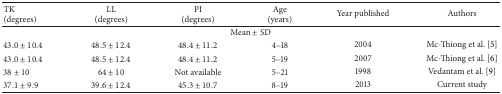
| TK (degrees) | LL (degrees) | PI (degrees) | Age (years) | Year published | Authors |
 | --- | --- | --- | --- | --- | --- |
 | <COLSPAN=6> Mean ± SD |
 | 43.0 ± 10.4 | 48.5 ± 12.4 | 48.4 ± 11.2 | 4–18 | 2004 | Mc-Thiong et al. [5] |
 | 43.0 ± 10.4 | 48.5 ± 12.4 | 48.4 ± 11.2 | 5–19 | 2007 | Mc-Thiong et al. [6] |
 | 38 ± 10 | 64 ± 10 | Not available | 5–21 | 1998 | Vedantam et al. [9] |
 | 37.1 ± 9.9 | 39.6 ± 12.4 | 45.3 ± 10.7 | 8–19 | 2013 | Current study |